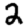
Digit: 2